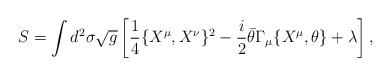
\begin{align*}S = \int d^2 \sigma \sqrt{g} \left[ \frac{1}{4} \{ X^{\mu}, X^{\nu} \}^2 - \frac{i}{2} \bar{\theta} \Gamma_{\mu} \{ X^{\mu}, \theta \} + \lambda \right],\end{align*}